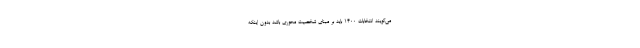
می‌گویند انتخابات 1400 باید بر مبنای شخصیت محوری باشد بدون اینکه